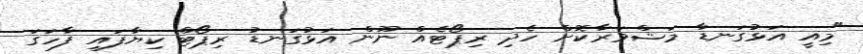
"މިއީ އަޅުގަނޑާ މަޝްވަރާކޮށް ހެދި ރިޕޯޓެއް ނޫން އަޅުގަނޑު ރިޕޯޓް ކިޔާފައި ފާހަގަ